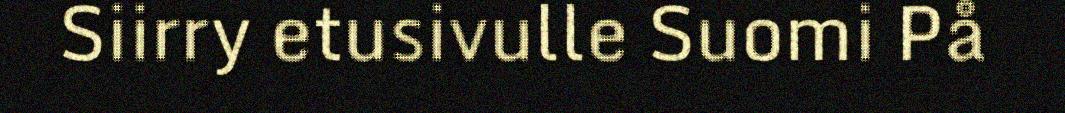
Siirry etusivulle Suomi På